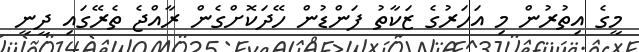
މީގެ އިތުރުން މި އަހަރުގެ ޒަކާތު ފަންޑުން ހޭދަކޮށްގެން ރާއްޖެ ތެރޭގައި ދީނީ